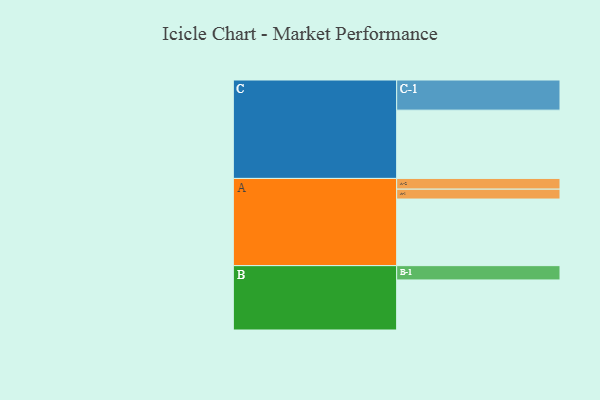
{"axis": {"x": "Segment", "y": "Value"}, "legend": ["", "A", "B", "C"], "data": [{"x": "A", "y": 559, "type": ""}, {"x": "B", "y": 420, "type": ""}, {"x": "C", "y": 573, "type": ""}, {"x": "A-1", "y": 83, "type": "A"}, {"x": "A-2", "y": 90, "type": "A"}, {"x": "B-1", "y": 120, "type": "B"}, {"x": "C-1", "y": 253, "type": "C"}]}